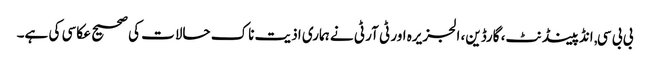
بی بی سی, انڈپینڈنٹ، گارڈین، الجزیرہ اور ٹی آر ٹی نے ہماری اذیت ناک حالات کی صحیح عکاسی کی ہے۔